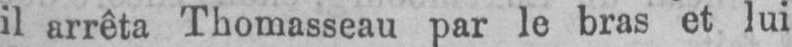
il arrêta Thomasseau par le bras et lui